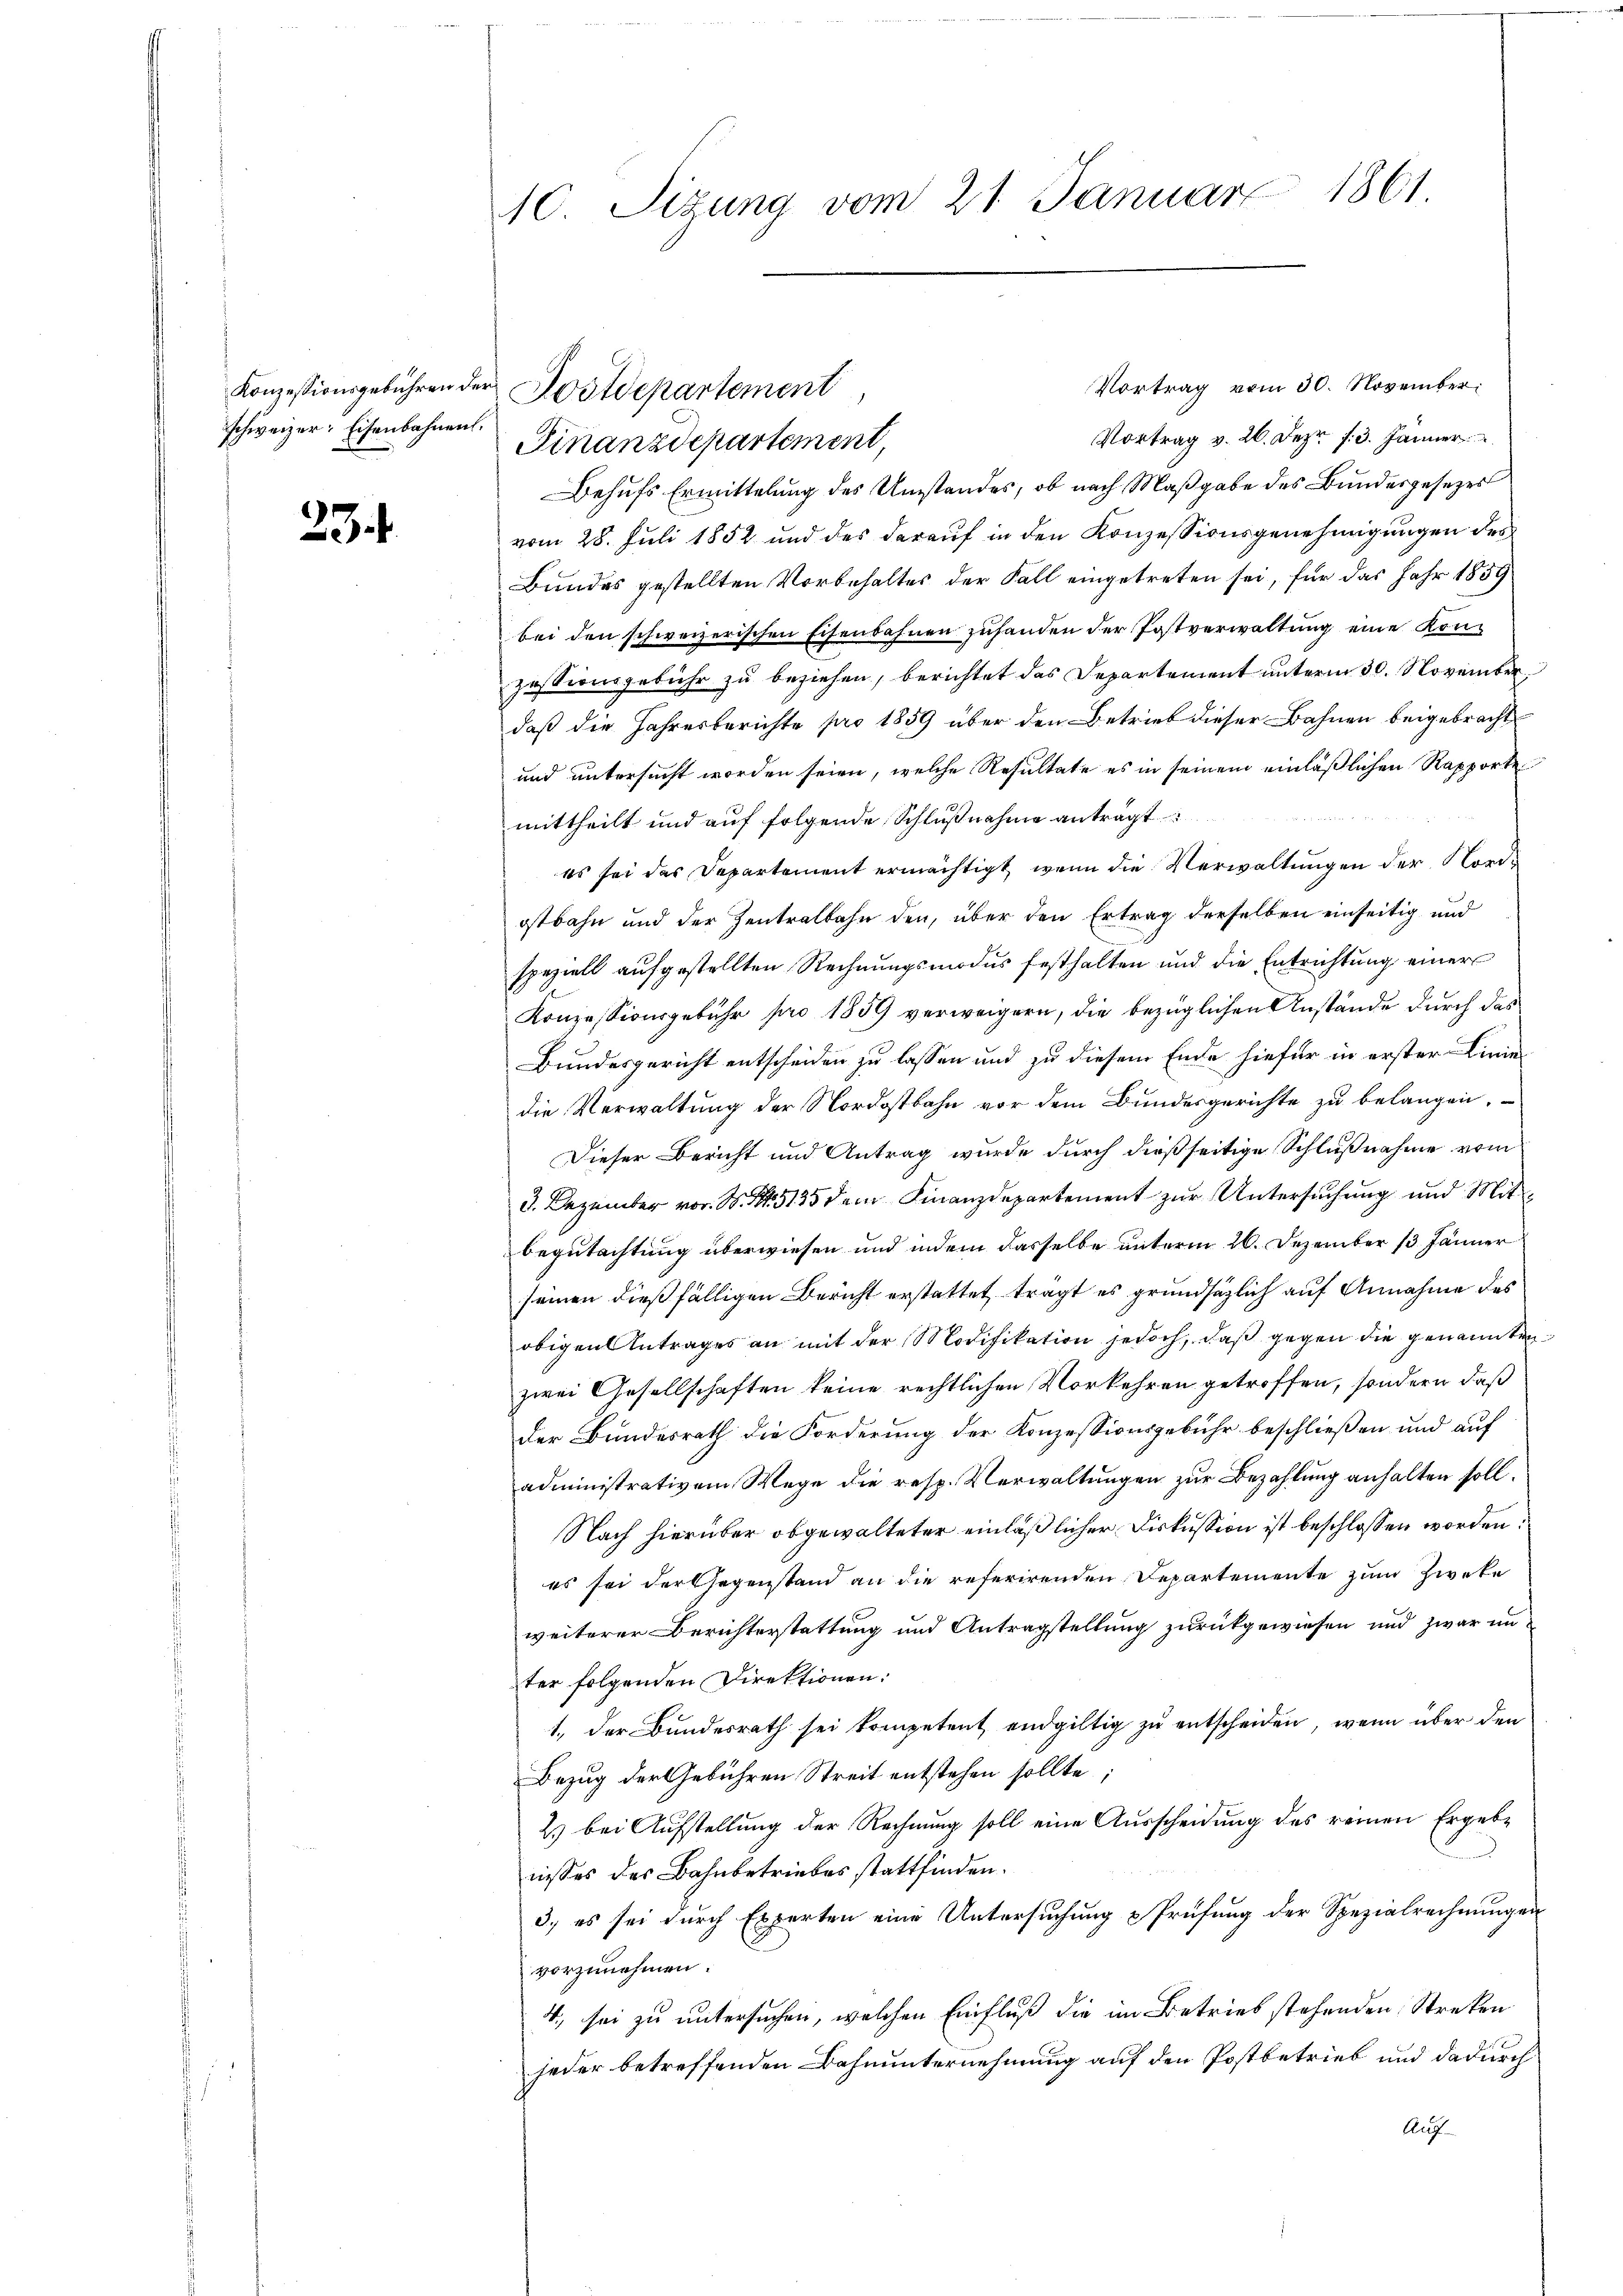
Konzessionsgebühren der
schweizer Eisenbahnen.

23.

10 Sizung vom 21. Januar 1861.

Vortrag vom 30. November.
Vortrag v. 26. Dez. 13. Jänner
Finanzdepartement,
Behufs Ermittelung des Umstandes, ob nach Maßgabe des Bundesgesezes
vom 28. Juli 1852 und des darauf in den Konzessionsgenehmigungen des
Bundes gestellten Vorbehaltes der Fall eingetreten sei, für das Jahr 1859
bei den schweizerischen Eisenbahnen zuhanden der Postverwaltung eine Konzessionsgebühr zu beziehen, berichtet das Departement unterm 30. November
daß die Jahresberichte pro 1859 über den Betrieb dieser Bahnen beigebracht
und untersucht worden seien, welche Resultate es in seinem einläßlichen Rapporte
mittheilt und auf folgende Schlußnahme anträgt
es sei das Departement ermächtigt, wenn die Verwaltungen der Nordostbahn und der Zentralbahn den, über den Ertrag derselben einseitig und
speziell aufgestellten Rechnungsmodus festhalten und die Entrichtung einer
Konzessionsgebühr pro 1859 verweigern, die bezüglichen Anstände durch das
Bundesgericht entscheiden zu lassen und zu diesem Ende hiefür in erster Linie
die Verwaltung der Nordostbahn vor dem Bundesgerichte zu belangen.
Dieser Bericht und Antrag wurde durch dießseitige Schlußnahme vom
3. Dezember vor. N. N. 5135 dem Finanzdepartement zur Untersuchung und Mitbegutachtung überwiesen und indem dasselbe unterm 26. Dezember 13 Jänner
seinen dießfälligen Bericht erstattet, tragt es grundsätzlich auf Annahme des
obigen Antrages an mit der Modifikation jedoch, daß gegen die genannten
zwei Gesellschaften keine rechtlichen Vorkehren getroffen, sondern daß
der Bundesrath die Forderung der Konzessionsgebühr beschließen und auf
administrativem Wege die resp. Verwaltungen zur Bezahlung anhalten soll.
Nach hierüber obgewalteter einläßlicher Diskussion ist beschlossen worden.
es sei der Gegenstand an die referirenden Departemente zum Zweke
weiterer Berichterstattung und Antragstellung zurückgewiesen und zwar unter folgenden Direktionen:
1., der Bundesrath sei kompetent endgültig zu entscheiden, wenn über den
Bezug der Gebühren Streit entstehen sollte,
2) bei Aufstellung der Rechnung soll eine Ausscheidung des reinen Ergebe
nisses des Bahnbetriebes stattfinden.
3., es sei durch Experten eine Untersuchung Prüfung der Spezialrechnungen
vorzunehmen.
4., sei zu untersuchen, welchen Einfluß die im Betrieb stehenden Streken
jeder betreffenden Bahnunternehmung auf den Postbetrieb und dadurch
Auf

Dostdepartement